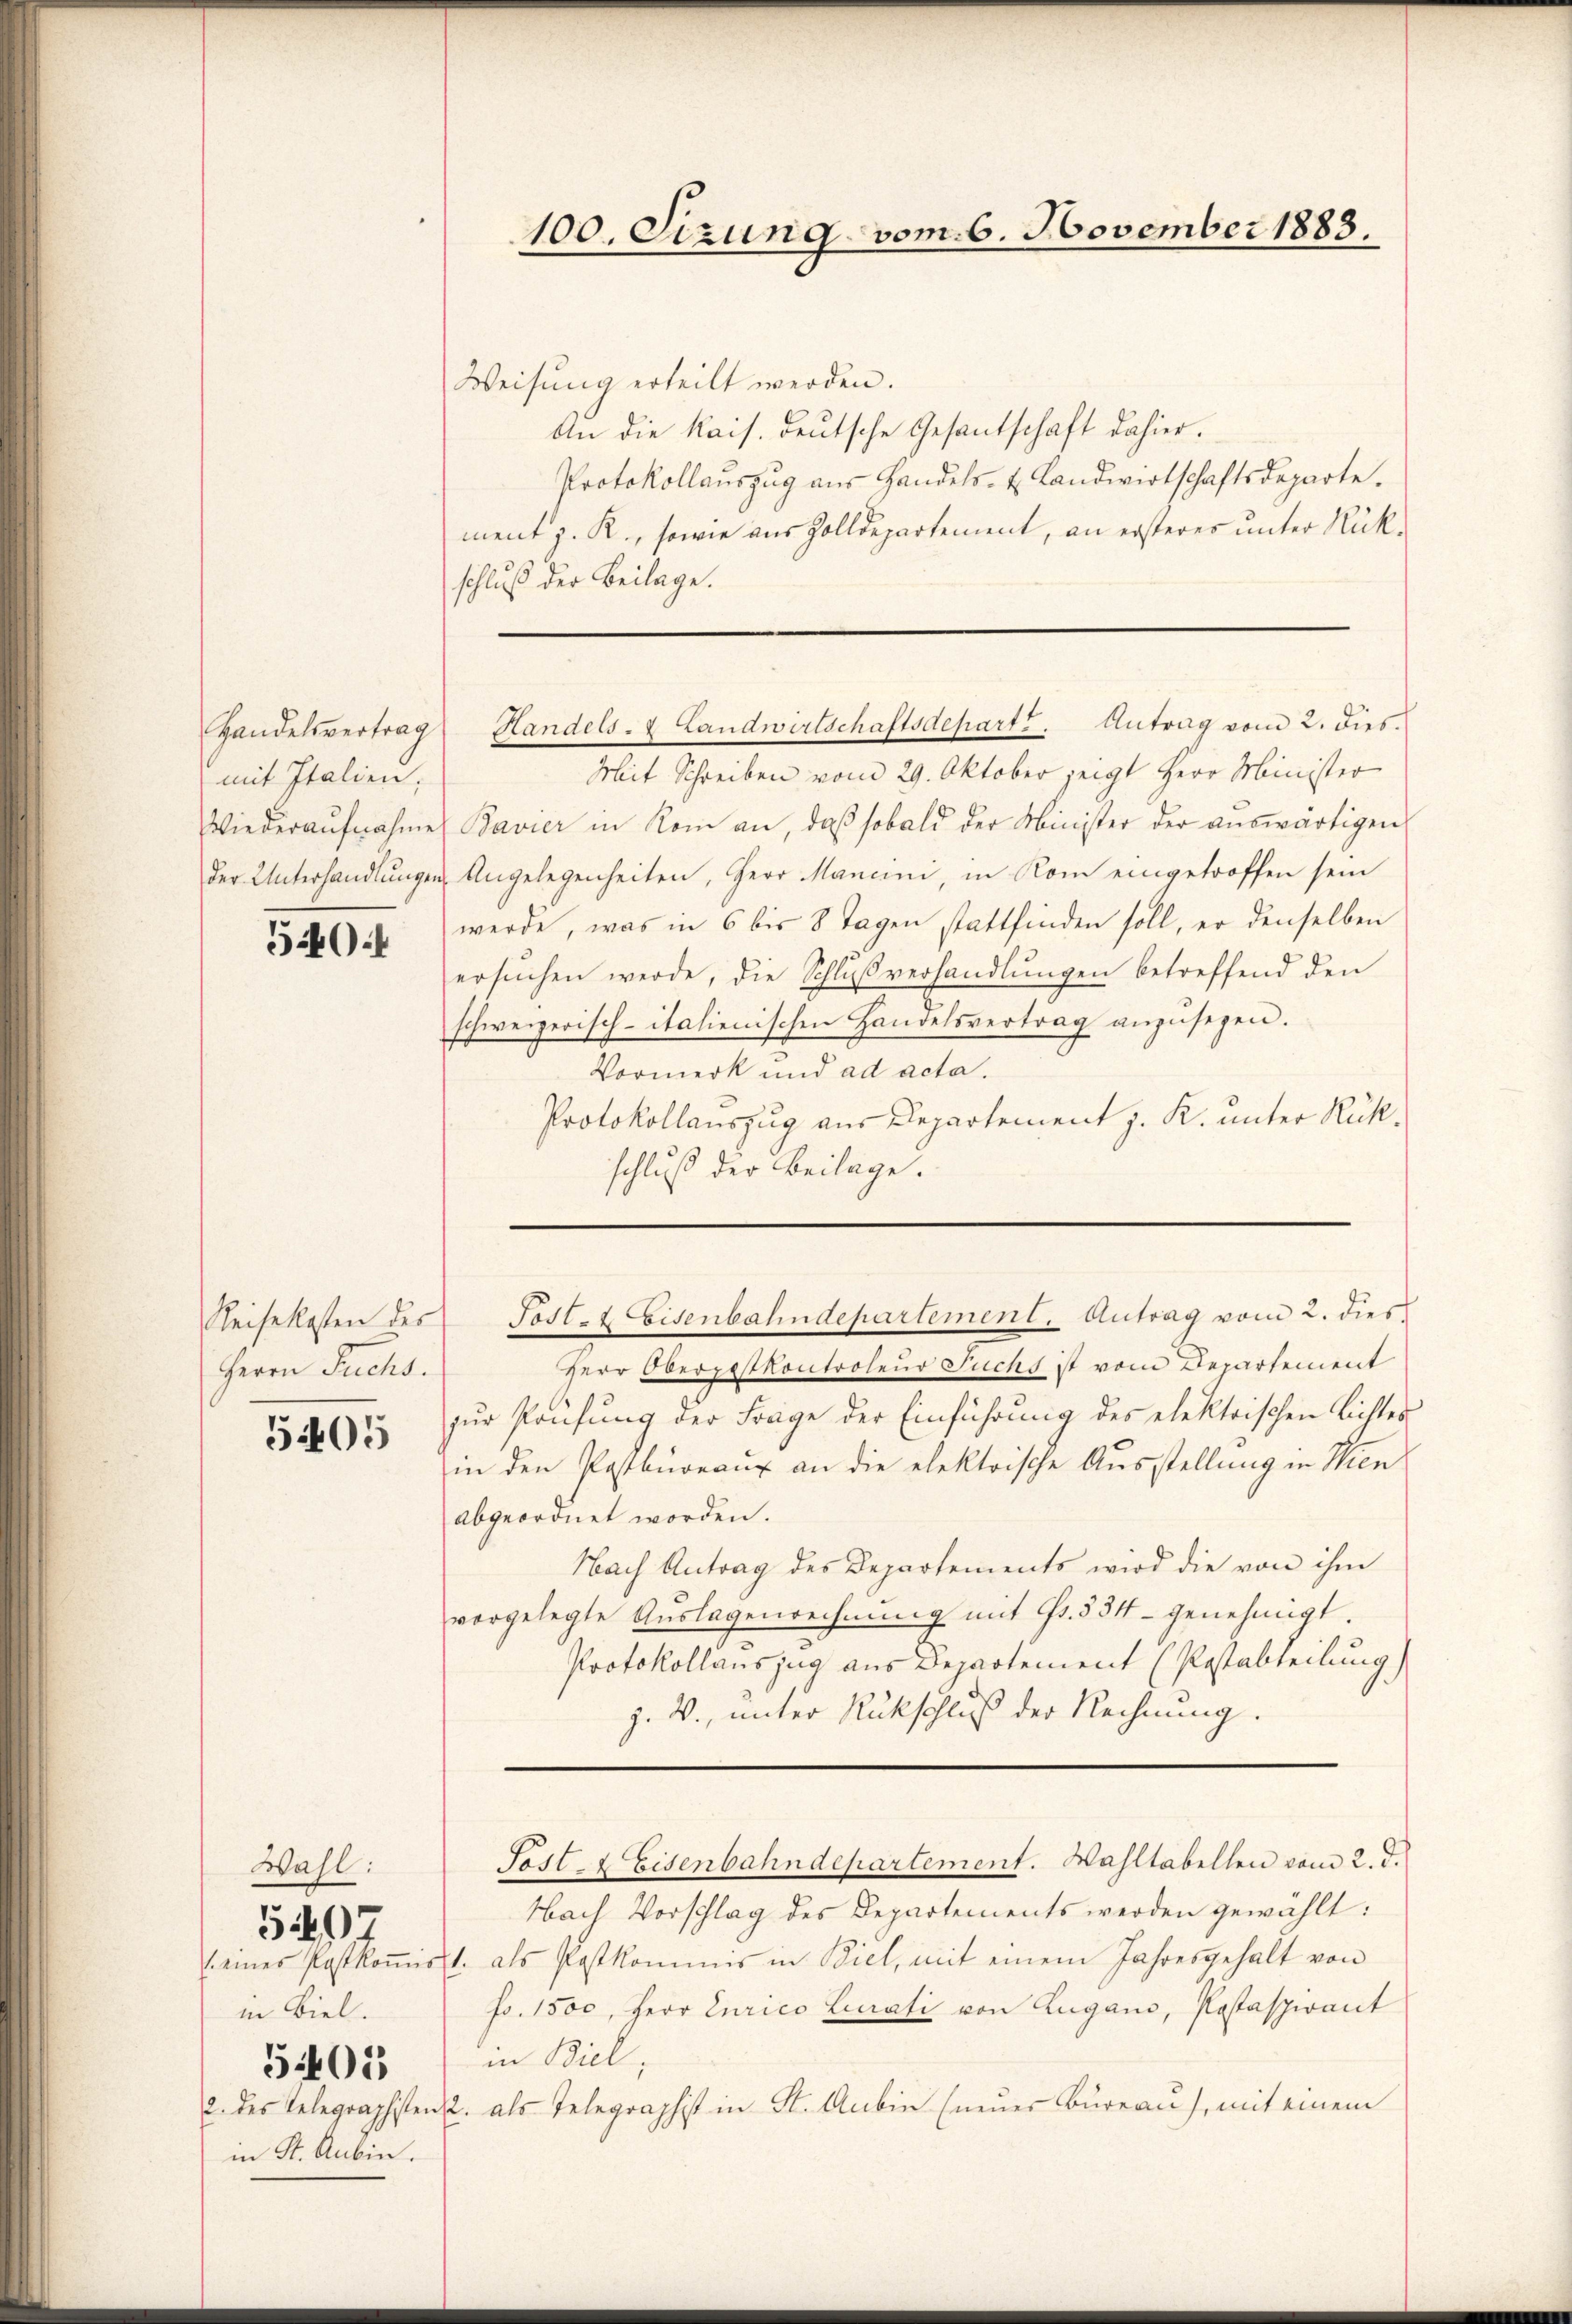
Handelsvertrag
mit Italien;
Wiederaufnahme

540.

Reisekosten des
Herrn Fruchs.

5405

Wahl:
in Biel.
5403
in St. Anbin.

549

Weisung erteilt werden.
An die kais. Deutsche Gesantschaft dahier.
Protokollaŭszŭg aŭs Handels- & Landwirtschaftsdeparte.
ment J. R., sowie aus Zolldepartement, an ersteres unter Rückschluß der Beilage.

Mit Schreiben vom 29. Oktober zeigt Herr Minister
Bavier in Rom an, daß sobald der Minister der auswärtigen
der Unterhandlŭngen Angelegenheiten, Herr Mancini, in Rom eingetroffen sein
werde, was in 6 bis 8 Tagen stattfinden soll, er denselben
ersŭchen werde, die Schlŭβverhandlŭngen betreffend den
schweizerisch-italienischen Handelsvertrag anzusehen.
Vormerk und ad acta.
Protokollauszug aus Departement z. K. unter Rükschluß der Beilage.

Herr Obersitkontroleur Fuchs ist vom Departement
zur Prüfung der Frage der Einführung des elektrischen Lichtes
in den Pastbureaux an die elektrische Ausstellung in Wien
abgeordnet worden.
Nach Antrag des Departements wird die von ihm
vorgelegte Aŭslagenrechnŭng mit Fr. 554 - genehmigt.
Protokollauszug aus Departement (Postabteilung)
j. W., unter Rückschluß der Rechnung.

Nach Vorschlag des Departements werden gewählt:
(eines Postkoṁisst. als Postkommis in Biel, mit einem Jahresgehalt von
fr. 1500, Herr Curico Lucrati von Zugano, Postaspirant
in Biel,
2. des Telegraphisten 2. als Telegraphist in St. Anbin (neŭer Bureau), mit einem

100. Sizung vom 6. November 1883.

Handels- & Landwirtschaftsdepart. Antrag vom 2. dies.

Post- & Eisenbahndepartement. Antrag vom 2. dies

Sost- & Eisenbahndepartement. Wahltabellen vom 2. d.